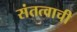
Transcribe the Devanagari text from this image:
संतत्वाची